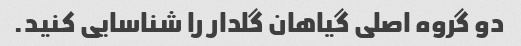
دو گروه اصلی گیاهان گلدار را شناسایی کنید.